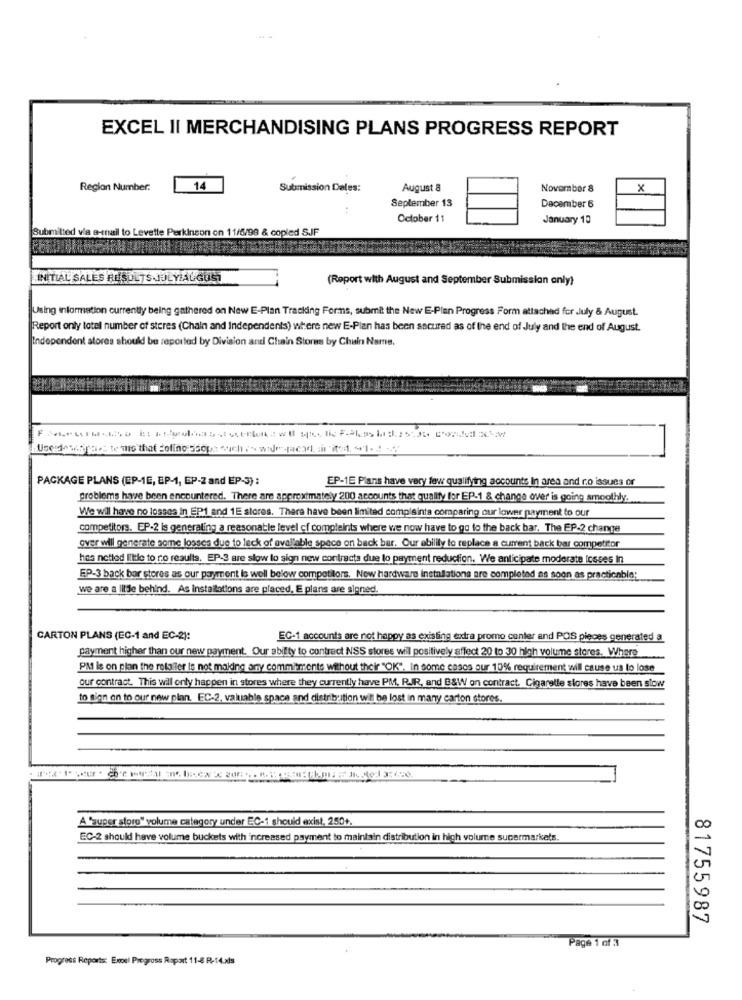
EXCEL II MERCHANDISING PLANS PROGRESS REPORT
Region Number.
14
Submission Deles:
August &
November 8
x
September 13
December 6
October 11
January 10
Submitted via e-mail to Levette Perkinson on 11/5/99 & copied SJF
INITIAL SALES RESULTSJULYIAUGUST
(Report with August and September Submission only)
Using information currently being gathered on New E-Plan Tracking Forms, submit the New E-Plan Progress Form attached for July & August.
Report only totell number of steres (Chain and Independents) where new E-Plan has been secured as of the end of July and the end of August.
Independent stores should be reported by Division and Chain Stores by Chain Name.
PACKAGE PLANS (CP-1E, EP-1, EP-2 and EP-3) :
EP-1E Plans have very few qualifying accounts In area and r.o issues or
problems have been encountered. There are approximately 200 accounts that qualify for EP-1 & change over is going smoothly.
We will have no losses in EP1 and 1E stores. There have been limited complsinta comparing our lower payment to our
competitors. EP-2 is generating a reasonable level of complaints where we now have to go to the back bar. The EP-2 change
over will generate some losses due to lack of ovalleble spece on back bar. Our ability to replace a current back bar competitor
has netled little to no results. EP-3 are slow lo sign new contracts due lo payment reduction. We anticipate moderate Icsses In
EP-3 back bor stores as our payment is well below competitors. New hardware installations are completed as soon as practicable;
we are a litde behind. As installations are placed, E plans are signed.
CARTON PLANS (EC-1 and EC-2):
EC-1 accounts are not happy as existing extra promo center and POS pieces generated a
payment higher than our new payment. Our ability to contract NSS stores will positively affect 20 to 30 high volume stores. Where
PM is on plan the rolaller is not making any commitments without their "OK". In some casos our 10% requirement will cause us to lose
our contract. This will only happen in stores where they currently have PM, R.JR, and B&W on contract. Cigarelle stores have been slow
to Sign on to our new plan. EC-2, valuable space and distribution will be lost in many carton stores.
A "super store" volume category under EC-1 should exist, 250+.
EC-2 should have volume buckets with increased payment to maintain distribution in high volume supermarkets.
81755987
Page 1 of 3
Progress Reports: Exoel Progross Rapart 11-8 R-14.xls